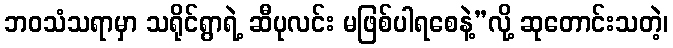
ဘဝသံသရာမှာ သရိုင်ရွာရဲ့ ဆီပုလင်း မဖြစ်ပါရစေနဲ့”လို့ ဆုတောင်းသတဲ့၊